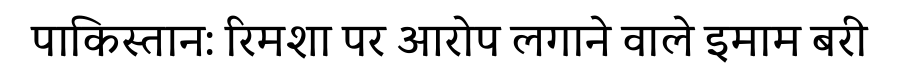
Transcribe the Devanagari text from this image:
पाकिस्तान: रिमशा पर आरोप लगाने वाले इमाम बरी